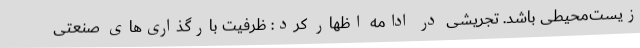
زیست‌محیطی باشد. تجریشی در ادامه اظهار کرد: ظرفیت بارگذاری‌های صنعتی